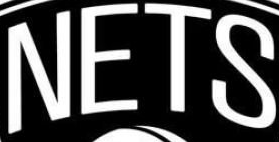
NETS